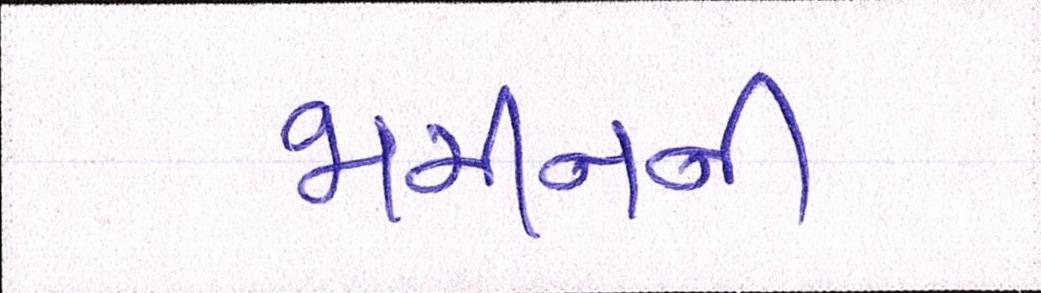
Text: જામીનની